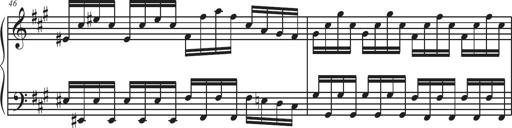
Title: Sonatina Espania
Composer: Jerald Franklin Archer
Key: Various